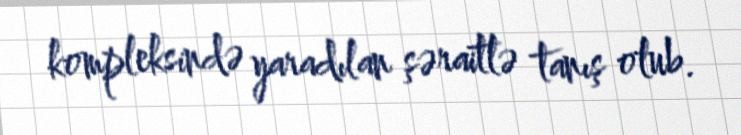
kompleksində yaradılan şəraitlə tanış olub.